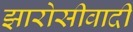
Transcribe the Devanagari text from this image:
झारोसीवादी